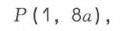
\(P(1,8a)\)，